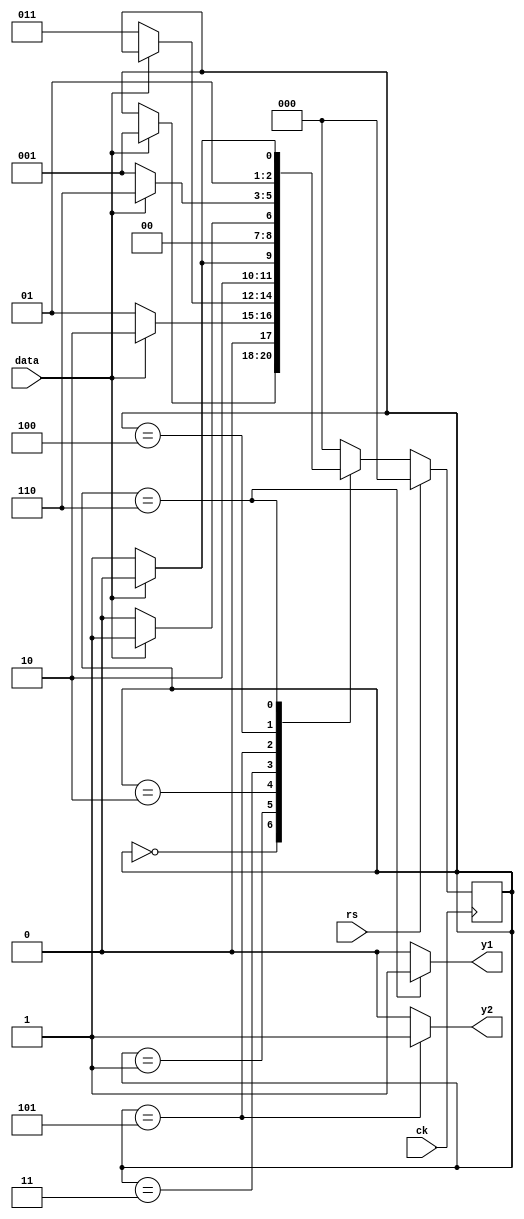
module Cau_4_Fsm(ck,rs, data,y1,y2);
parameter start = 3'b000;
parameter s1 = 3'b001;
parameter s11 = 3'b010;
parameter s10 = 3'b001;
parameter s110 = 3'b011;
parameter s101 = 3'b100;
parameter s1100 = 3'b101; 
parameter s1011 = 3'b110; 
input ck,rs,data;
output y1,y2;
reg [2:0]bandau, ketiep;
reg y1,y2;
always @(*)
begin 
case (bandau)
start: 
begin
	if (data) ketiep = s1;
	else ketiep = bandau;
end
s1: 
begin
	if (data) ketiep = s11;
	else ketiep = s10;
end	
s11: 
begin
	if (!data) ketiep = s110;
	else ketiep = bandau;
end	
s10: 
begin
	if (data) ketiep = s101;
	else ketiep = start;
end	
s110: 
begin
	if (!data) ketiep = s1100;
	else ketiep = s101;
end	
s1100: 
begin
	if (data) ketiep = s1;
	else ketiep = start;
end	
s101: 
begin
	if (data) ketiep = s1011;
	else ketiep = s10;
end	
 s1011: 
begin
	if (data) ketiep = s11;
	else ketiep = s110;
end	
 default: ketiep = start;	
endcase
end
always @(posedge ck)
begin
if (rs) bandau <= start;
else bandau <= ketiep;
end
always @(*)
begin
if (bandau == s1100)
	y2 = 1'b1;
else
	y2 = 1'b0;
if (bandau == s1011)
	y1 = 1'b1;	
else
	y1 = 1'b0;
end  endmodule